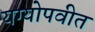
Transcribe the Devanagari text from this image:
यग्योपवीत